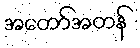
အတော်အတန်